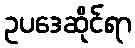
ဥပဒေဆိုင်ရာ